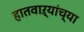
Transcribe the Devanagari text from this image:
हातवाऱ्यांच्या